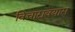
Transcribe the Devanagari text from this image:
विचारावयास